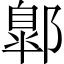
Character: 𨝲